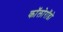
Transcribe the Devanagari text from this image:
कॉलोरॉडो